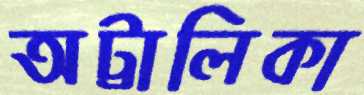
অট্টালিকা